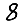
Digit: 8